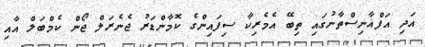
އަދި އަފްޣާނިސްތާނުގައި ތިބޭ އެމެރިކާ ސިފައިންގެ ކޮމާންޑަރު ޖެނެރަލް ޖޯން ކެމްބަލް އާއި